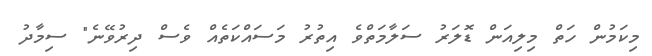
މިކަމުން ހަތް މިލިއަން ޑޮލަރު ސަލާމަތްވެ އިތުރު މަސައްކަތެއް ވެސް ދިރުވޭނެ" ސިމާދު